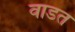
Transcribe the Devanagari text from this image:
वाडत